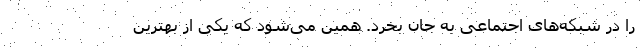
را در شبکه‌های اجتماعی به جان بخرد. همین می‌شود که یکی از بهترین